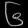
Digit: ၆